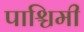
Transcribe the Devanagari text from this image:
पाश्चिमी